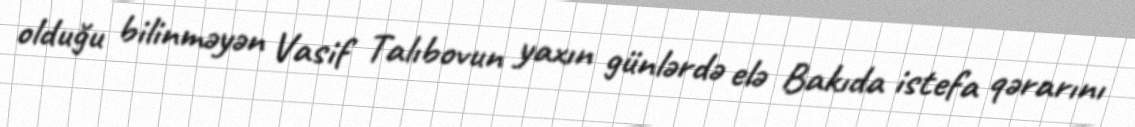
olduğu bilinməyən Vasif Talıbovun yaxın günlərdə elə Bakıda istefa qərarını